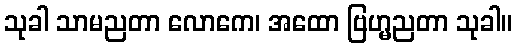
သုခါ သာမညတာ လောကေ၊ အထော ဗြဟ္မညတာ သုခါ။